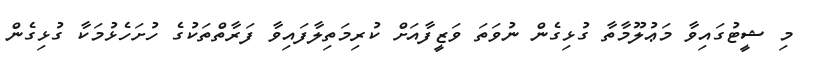
މި ޝީޓުގައިވާ މަޢުލޫމާތާ ގުޅިގެން ނުވަތަ ވަޒީފާއަށް ކުރިމަތިލާފައިވާ ފަރާތްތަކުގެ ހުށަހެޅުމަކާ ގުޅިގެން